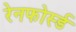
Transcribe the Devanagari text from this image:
रेनफोर्स्ड